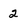
Character: 2